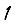
Digit: 1